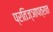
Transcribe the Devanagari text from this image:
प्रतिज्ञापत्रात